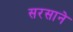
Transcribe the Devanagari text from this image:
सरसाने